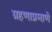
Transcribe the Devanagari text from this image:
ग्रहणाप्रमाणे